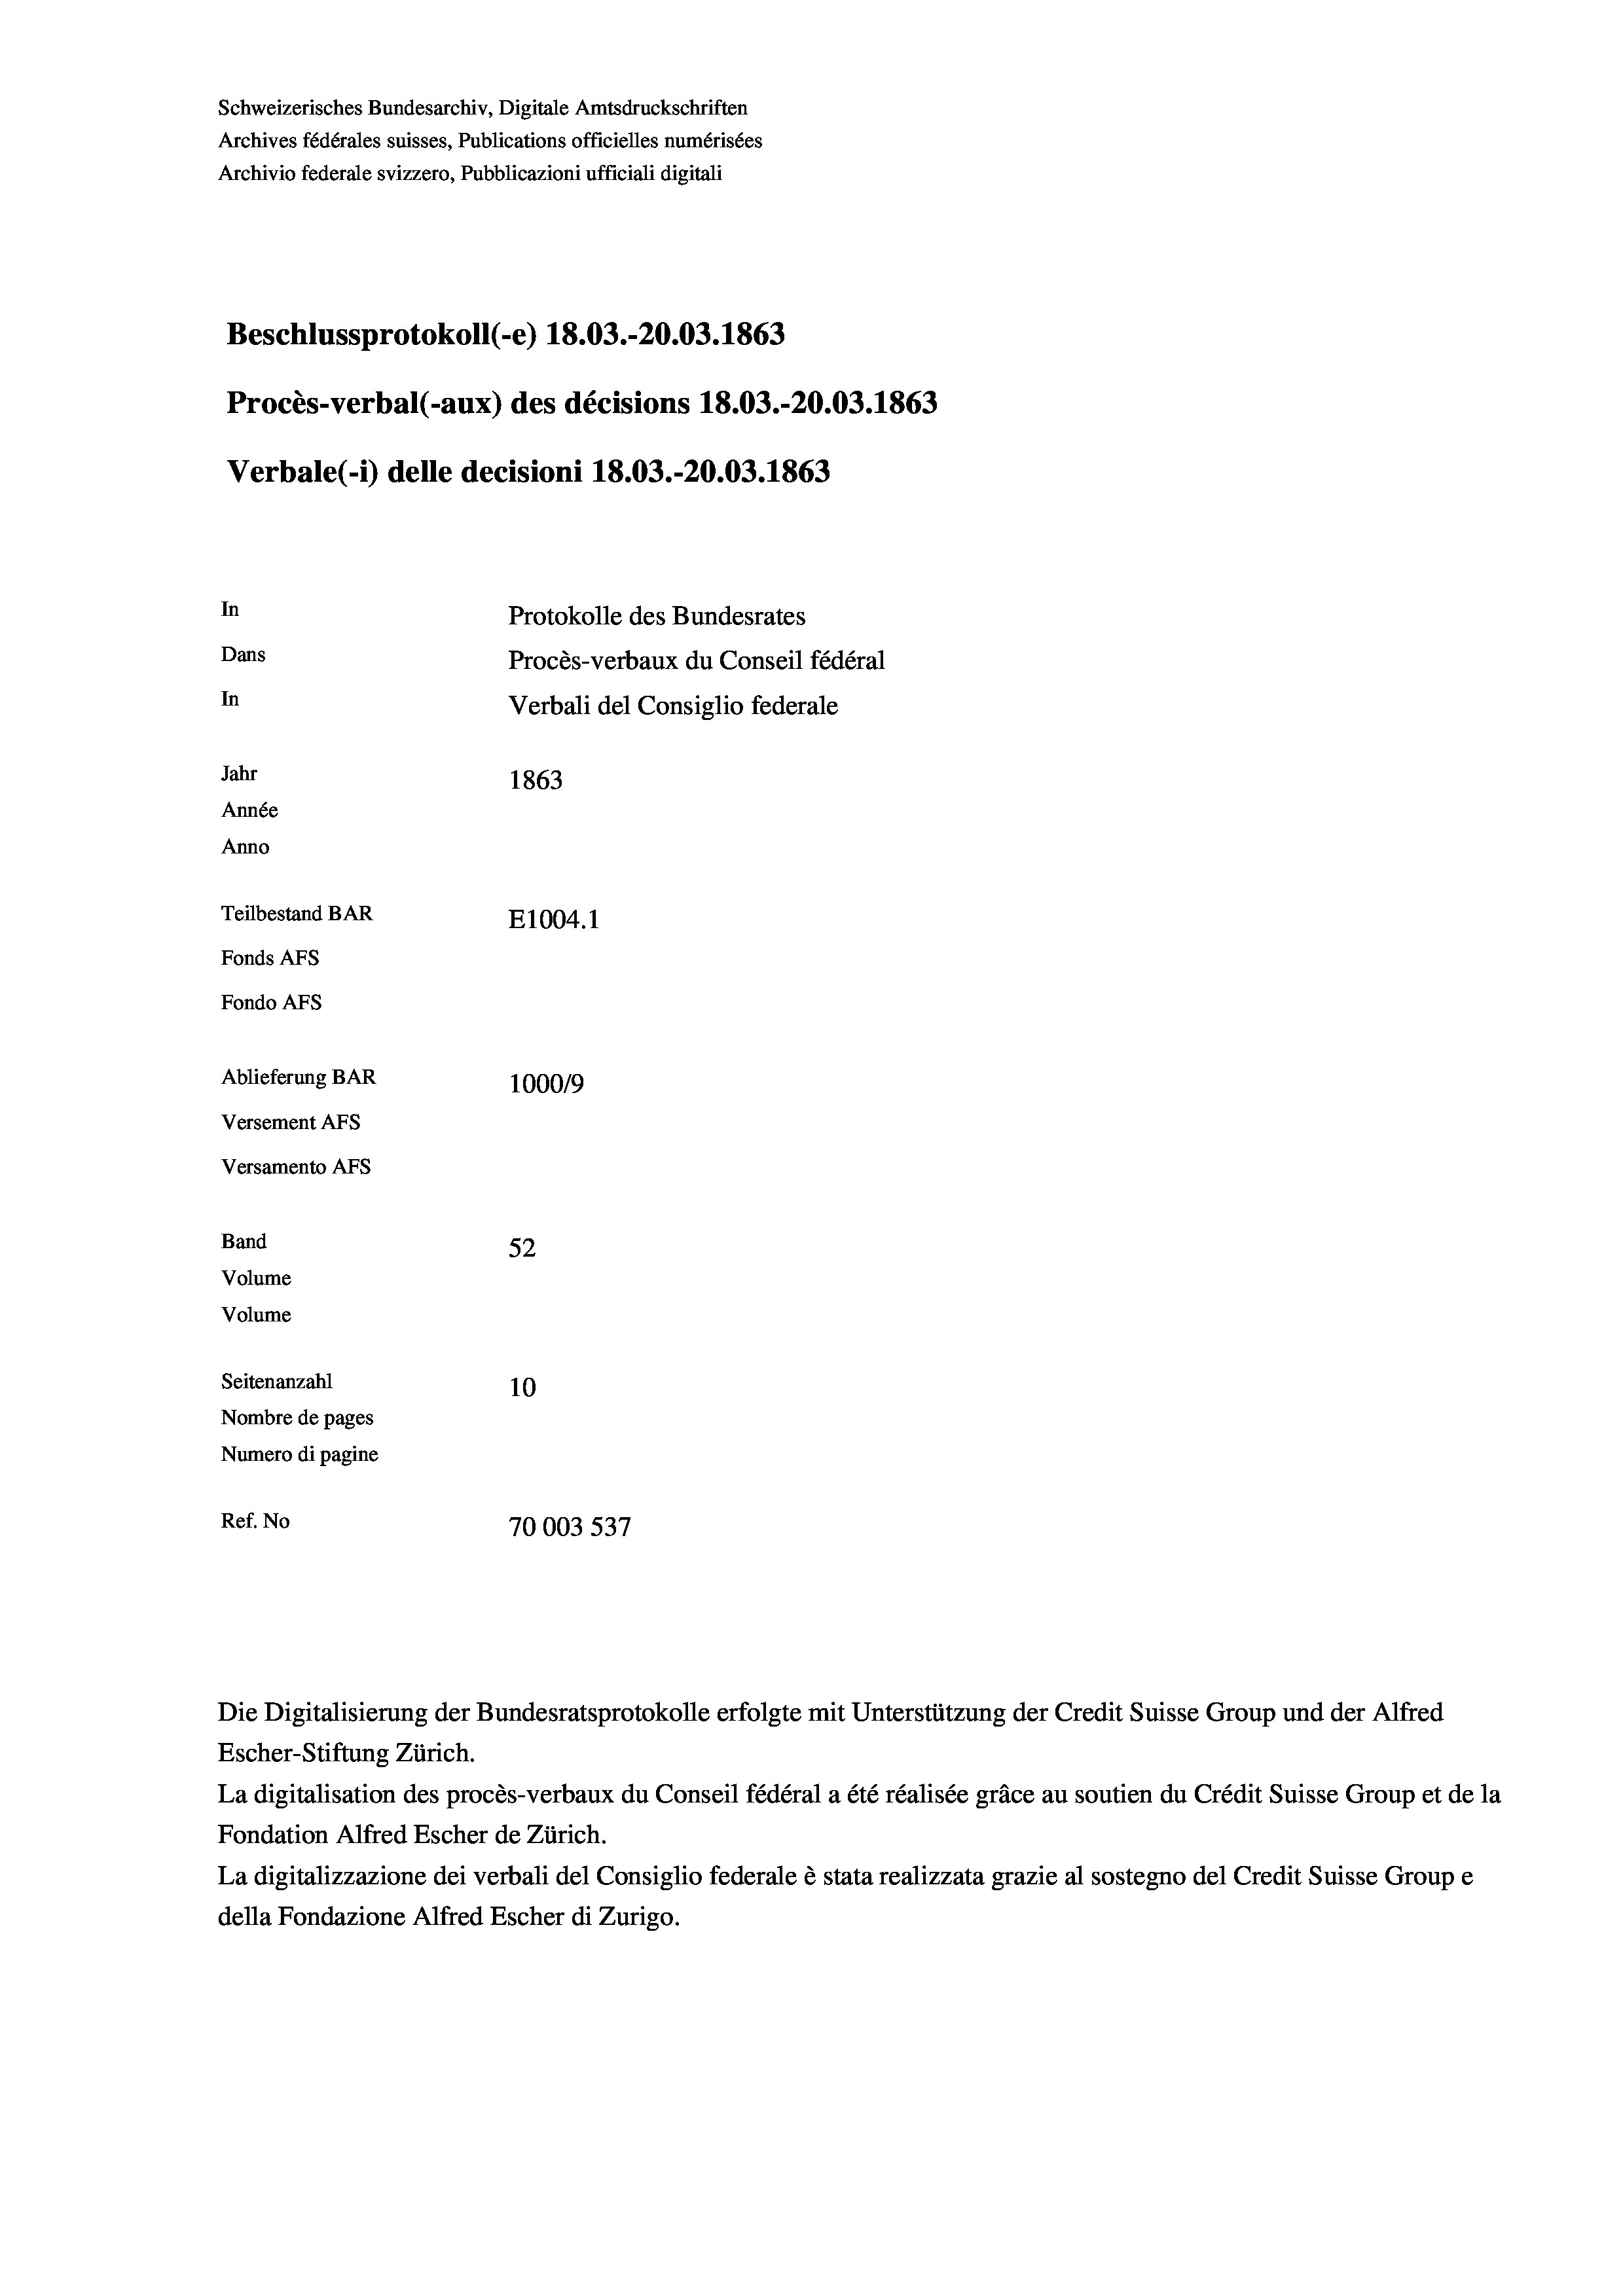
Beschlussprotokoll (-e) 18.03.-20.03. 1863
In
Protokolle des Bundesrates
Dans
Procès-verbaux du Conseil fédéral
In
Verbali del Consiglio federale
Jahr
1863
Année
Anno
Teilbestand BAR
E1004. 1
Fonds AFs
Fondo AFS
Ablieferung BAR
100019
Versement AFs
Versamento AFs

Band
Volume
Volume
Seitenanzahl

Schweizerisches Bundesarchiv, Digitale Amtsdruckschriften
Archives fédérales suisses, Publications officielles numérisées
Archivio federale svizzero, Pubblicazioni ufficiali digitali

Verbale(-*) delle decisioni 18.03.-20.03. 1863

52
10
Nombre de pages
Numero di pagine
Ref. No
70003 537

Procès-verbal (-aux) des décisions 18.03.-20.03. 1863

Die Digitalisierung der Bundesratsprotokolle erfolgte mit Unterstützung der Credit Suisse Group und der Alfred
Escher-Stiftung Zürich.
La digitalisation des procès-verbaux du Conseil fédéral a été réalisée gräce au soutien du Crédit Suisse Group et de la
Fondation Alfred Escher de Zürich.
La digitalizzazione dei verbali del Consiglio federale è stata realizzata grazie al sostegno del Credit Suisse Groupe
della Fondazione Alfred Escher di Zurigo.